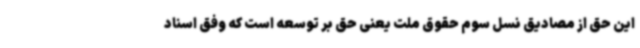
این حق از مصادیق نسل سوم حقوق ملت یعنی حق بر توسعه است که وفق اسناد